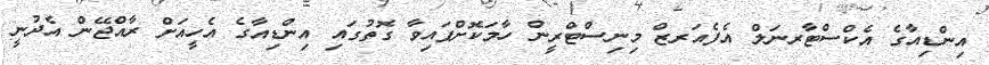
އިންޑިއާގެ އެކްސްޓާރނަލް އެފެއަރޒް މިނިސްޓްރީން ހާމަކޮށްފައިވާ ގޮތުގައި އިންޑިއާގެ އެހީއަށް ރާއްޖޭން އެދުނީ